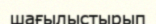
шағылыстырып